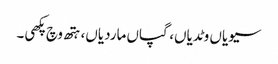
سیویاں وٹدیاں، گپاں ماردیاں، ہتھ وچ پکھی۔